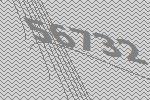
56732